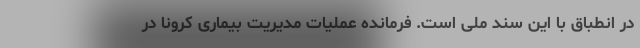
در انطباق با این سند ملی است. فرمانده عملیات مدیریت بیماری کرونا در